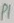
Text: P1